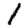
Digit: 1